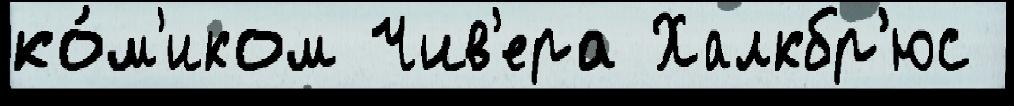
ко́м'иком Чив'ера Халкбр'юс